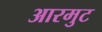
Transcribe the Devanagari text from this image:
आरमुट